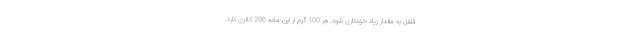
فلفل به مقدار زیاد خودداری شود. هر 100 گرم از این ماده 296 کالری دارد.